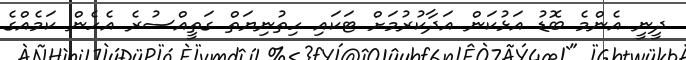
ދީނީ އެންމެ ބޮޑު އަޅުކަން އަދާކުރުމަށް ޓަކައި ހިތުނިޔަތް ގަތީއްސުރެ އެހެން ކަމެއްގެ